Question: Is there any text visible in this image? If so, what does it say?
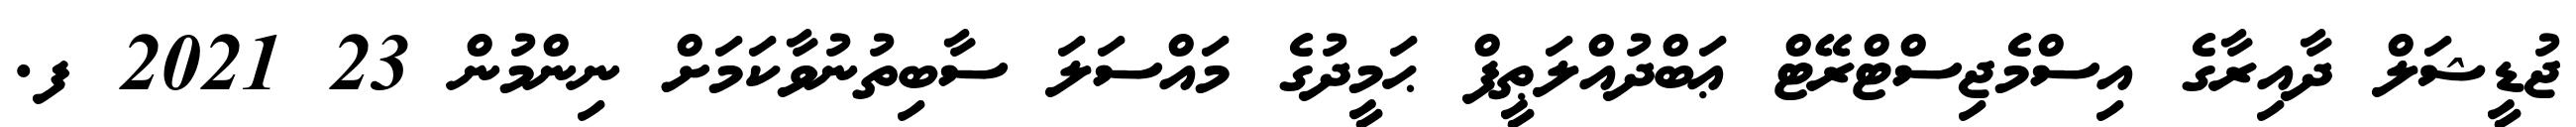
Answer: ޖުޑީޝަލް ދާއިރާގެ އިސްމެޖިސްޓްރޭޓް ޢަބްދުއްލަޠީފް ޙަމީދުގެ މައްސަލަ ސާބިތުނުވާކަމަށް ނިންމުން 23 2021 ފ.